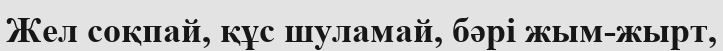
Жел соқпай, құс шуламай, бәрі жым-жырт,